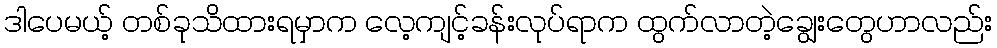
ဒါပေမယ့် တစ်ခုသိထားရမှာက လေ့ကျင့်ခန်းလုပ်ရာက ထွက်လာတဲ့ချွေးတွေဟာလည်း